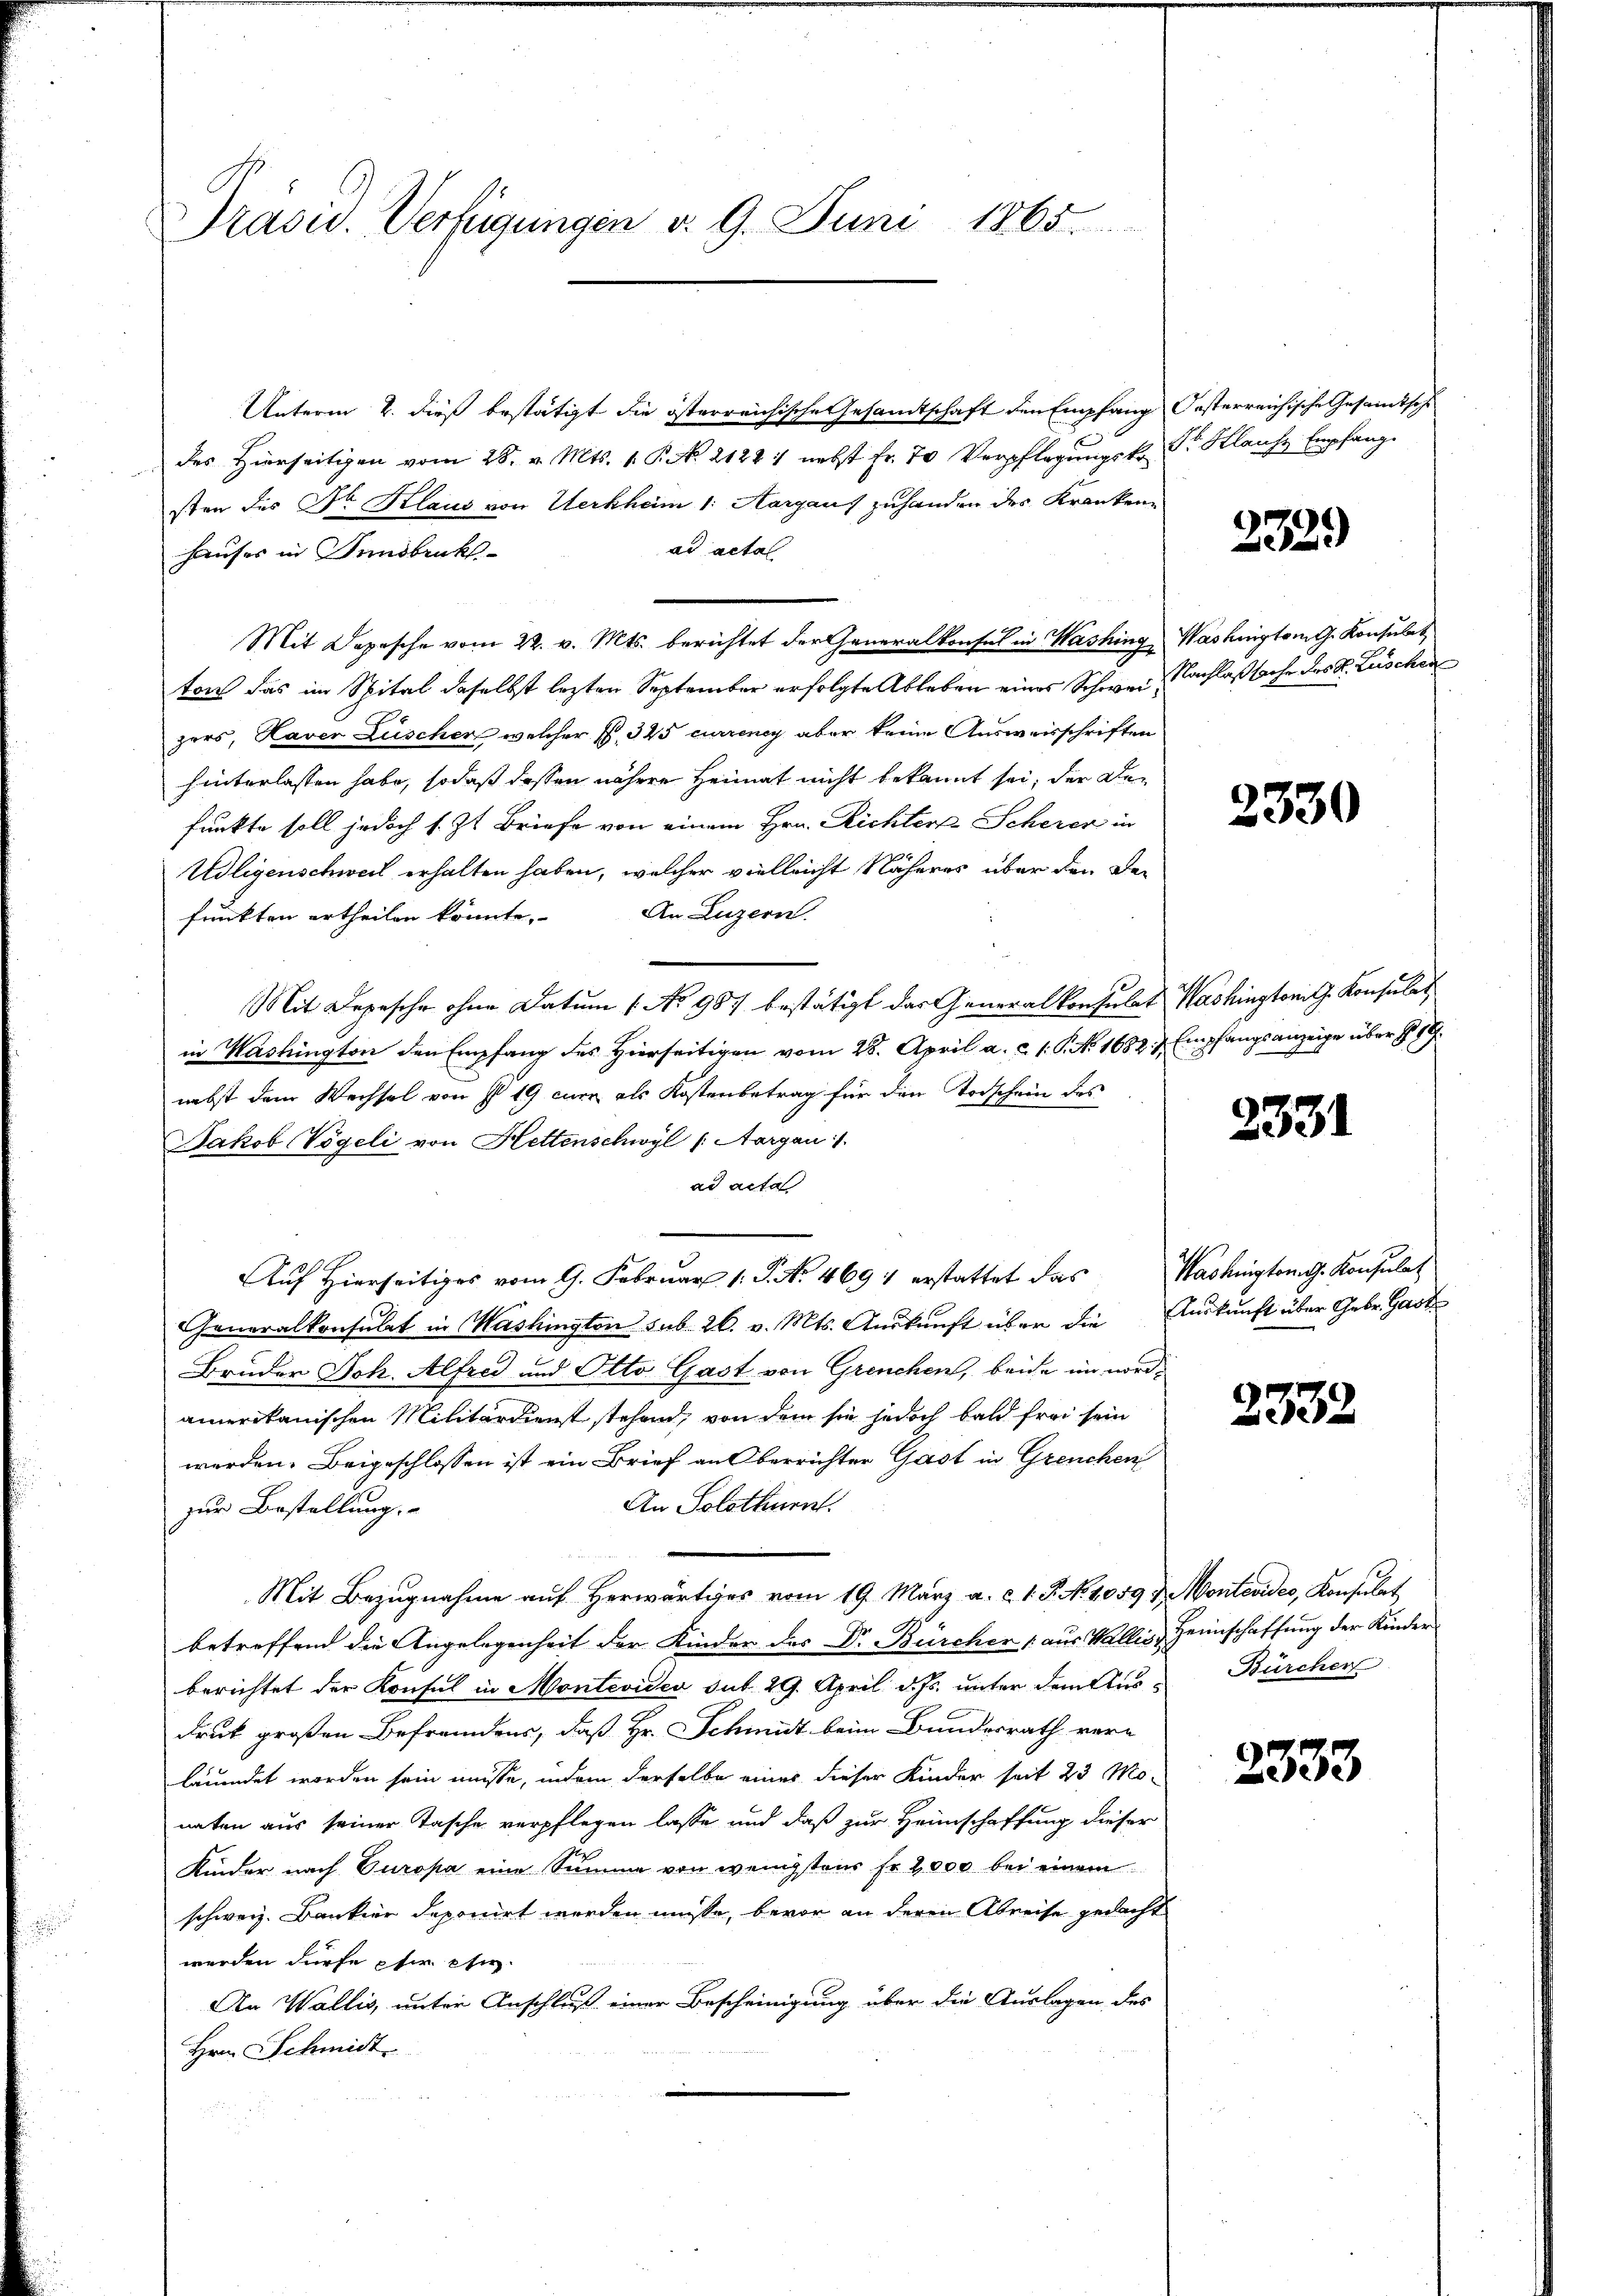
Präsid. Verfügungen v. 9. Juni 1865.

Unterm 2. dieß bestätigt die österreichische Gesamtschaft den Empfang Oesterreichische Gesandtsch
des Hierseitigen vom 28. v. Mts. 1. P. Nr. 2122 1 nebst Fr. 70 Verpflegungsko Sr. Kleiche Empfang
sten des Dr. Klaus von Herkheim 1. Aargaus zuhanden der Kranken
ad acta
hauser in Sandbruckt
Mit Depesche vom 22. v. Mts. berichtet der Generalkonsul in Washing, Washington G. Konsulat
ton das im Spital daselbst lezten September erfolgte Ableben eines Schwer, Nachlaßsache des K. Lüschen
zers, Haver Lüscher, welcher S. 345 curreney aber keine Ausweisschriften
hinterlassen habe, sodaß dessen nähere Heimat nicht bekannt sei, der Defunkte soll jedoch s. Zt. Briefe von einem Hrn. Richter Scherer in
Udligenschweil erhalten haben, welcher vielleicht Näheres über den De¬
An Luzern.
funkten ertheilen könnte.
Mit Depesche ohne Datum 1. No 987 bestätigt das Generalkonsulat Washingtont. Konsulat
in Washington den Empfang des Hierseitigen vom 28. April a. c. 1. P. No. 1682. v. Empfangsanzeige über 189
nebst dem Wechsel von § 19 curr als Kostenbetrag für den Torschein des
Jakob Vögeli von Hettenschwyl (Aargau 1.
ad acta
Generalkonsulat in Mashington sub. 26. v. Mts. Auskunft über die Auskunft über Gebr. Gast
Bruder Joh. Alfred und Otto Gast von Grenchen, beide im nordamerikanischen Militärdienst stehen, von dem sie jedoch bald frei sein
werden. Beigeschlossen ist ein Brief an Oberrichter Gast in Greuchen
An Solothurn.
zur Bestellung.
Mit Bezugnahme auf Herwärtiges vom 19. März a. c. 1. J. N. 1059 d. Montevides, Konsulat
betreffend die Angelegenheit der Kinder des Dr. Bürcher aus Wallis, Heimschaffung der Kinder
berichtet der Konsul in Montevide sut 29. April d. Js. unter dem Aus-Bürchen
druck großen Befremdens, daß Hr. Schmut beim Bundesrath verläumdet worden sein müsse, indem derselbe eines dieser Kinder seit 23 Monaten aus seiner Tasche verpflegen lasse und daß zur Heimschaffung dieser
Kinder nach Europa eine Summe von wenigstens Fr. 2,000 bei einem
schweiz. Bankier deponirt werden müsse, bevor an deren Abreise gedacht
werden dürfe her es
An Wallis, unter Anschluß einer Bescheinigung über die Auslagen des
Hrn. Schmidt

Auf hierseits vom 9. Febr. P. Nr. 469 erstattet das Washingtong. Konsulat

2339

2330

2331

2332

2333